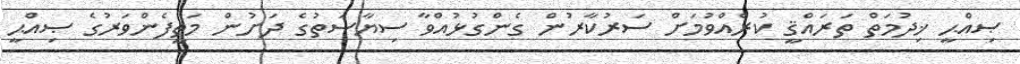
ޞިއްޙީ ޚިދުމަތް ތަރައްޤީ ކުރެއްވުމަށް ސަރުކާރުން ގެންގުޅުއްވާ ސިޔާސަތުގެ ދަށުން މަތީފެންވަރުގެ ޞިއްޙީ